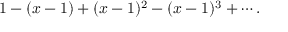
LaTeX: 1 - ( x - 1 ) + ( x - 1 ) ^ { 2 } - ( x - 1 ) ^ { 3 } + \cdots .